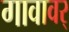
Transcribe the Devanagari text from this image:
गावावर्